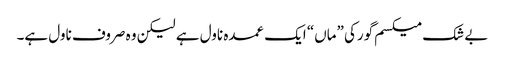
بے شک میکسم گورکی ”ماں“ ایک عمدہ ناول ہے لیکن وہ صروف ناول ہے۔